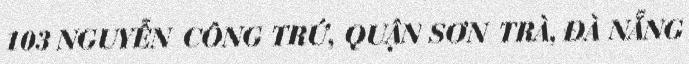
103 NGUYỄN CÔNG TRỨ, QUẬN SƠN TRÀ, ĐÀ NẴNG